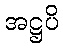
အဋ္ဌပိ